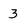
Character: 3